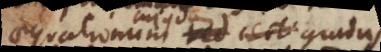
aequationum et radicum